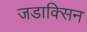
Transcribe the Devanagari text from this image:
जडाक्सिन